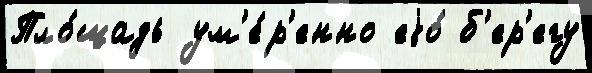
Пло́щадь ум'е́р'енно еjо́ б'ер'егу